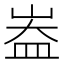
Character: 𪨻